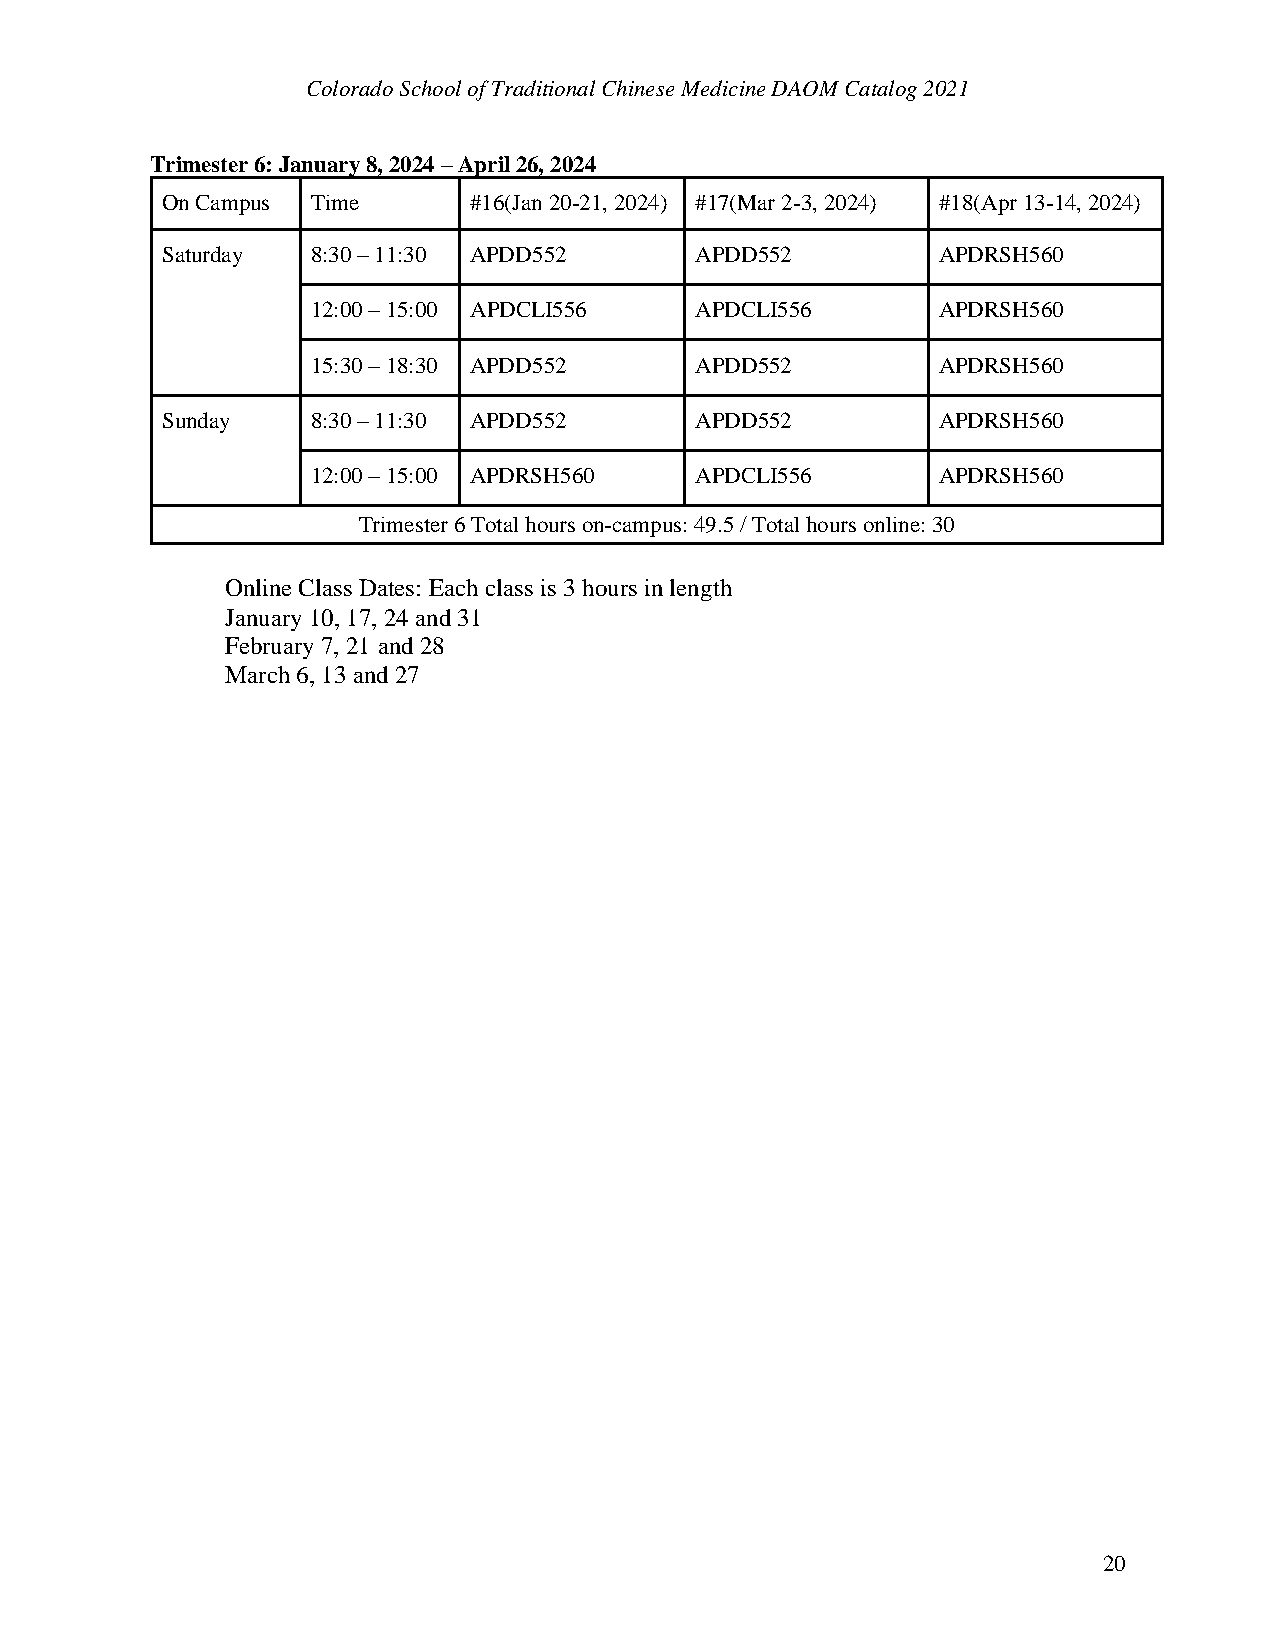
Colorado School of Traditional Chinese Medicine DAOM Catalog 2021
 Trimester 6: January 8, 2024 – April 26, 2024
 On Campus Time      #16(Jan 20-21, 2024) #17(Mar 2-3, 2024) #18(Apr 13-14, 2024)
 Saturday  8:30 – 11:30 APDD552     APDD552         APDRSH560
 12:00 – 15:00 APDCLI556  APDCLI556       APDRSH560
 15:30 – 18:30 APDD552    APDD552         APDRSH560
 Sunday    8:30 – 11:30 APDD552     APDD552         APDRSH560
 12:00 – 15:00 APDRSH560  APDCLI556       APDRSH560
 Trimester 6 Total hours on-campus: 49.5 / Total hours online: 30
 Online Class Dates: Each class is 3 hours in length
 January 10, 17, 24 and 31
 February 7, 21 and 28
 March 6, 13 and 27
 20